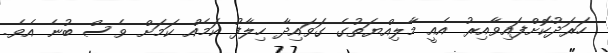
ހަރަދުކޮށްފައިވާއިރު އެއީ މާލިއްޔަތުގެ ގަވައިދާ ހިލާފު ކަމެއް ކަމަށް ވެސް ބުނެ އެވެ.